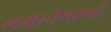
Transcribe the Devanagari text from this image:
लगानेवालों